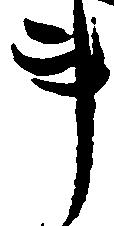
事